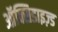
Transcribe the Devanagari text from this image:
ऑक्सिडाइज़्ड